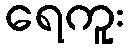
ရေကူး